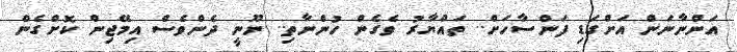
އަންނާނަން އަށްގަޑި ފަންސާހަށް.. ތައްޔާރު ވެގެން ހުންނާތި.. ނޫނީ ދެންވެސް އިމޭޖިން ކޮށްގެން